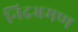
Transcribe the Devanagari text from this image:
निद्रभ्रमण